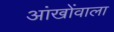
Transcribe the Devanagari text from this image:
आंखोंवाला